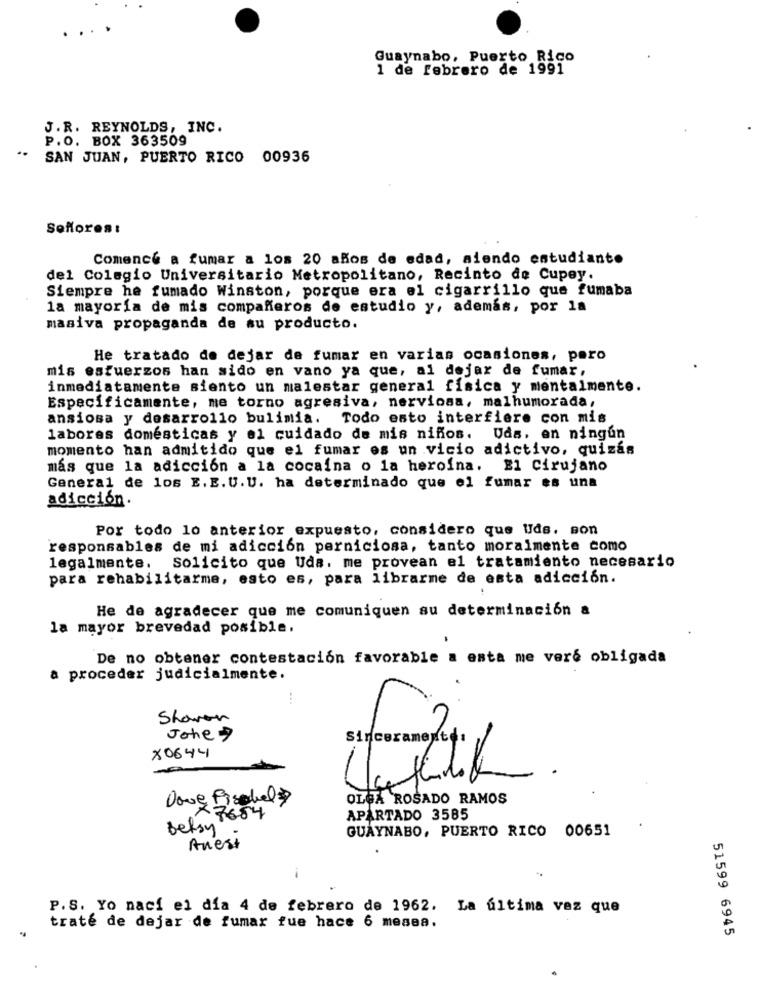
Guaynabo, Puerto Rico
1 de febrero de 1991
J.R. REYNOLDS, INC.
P.O. BOX 363509
" SAN JUAN, PUERTO RICO 00936
Soffores:
Comence a fumar a los 20 años de edad, siendo estudiante
del Colegio Universitario Metropolitano, Recinto de Cupey.
Siempre he fumado Winston, porque era el cigarrillo que fumaba
la mayoría de mis compañeros de estudio y, además, por la
masiva propaganda de su producto.
He tratado de dejar de fumar en varias ocasiones, pero
mis esfuerzos han sido en vano ya que, al dejar de fumar,
inmediatamente siento un malestar general fisica y mentalmente.
Específicamente, me torno agresiva, nerviosa, malhumorada,
ansiosa y desarrollo bulimia. Todo esto interfiere con mis
labores domesticas y el cuidado de mis niños. Uds. en ningún
momento han admitido que el fumar es un vicio adictivo, quizás
más que la adicción a la cocaína o la heroína. El Cirujano
General de los E.E.U.U. ha determinado que el fumar es una
adicción.
Por todo lo anterior expuesto, considero que Uds. son
responsables de mi adicción perniciosa, tanto moralmente como
legalmente. Solicito que Uda. me provean el tratamiento necesario
para rehabilitarme, esto es, para librarme de esta adicción.
He de agradecer que me comuniquen su determinación a
la mayor brevedad posible.
De no obtener contestación favorable a enta me veré obligada
a proceder judicialmente.
Sharon
Johes
Sinceramente,
X0644
Done Fischel
OLGA ROSADO RAMOS
Betsy 1654
APARTADO 3585
GUAYNABO, PUERTO RICO 00651
Anest
..
P.S. Yo nací el día 4 de febrero de 1962. La última vez que
traté de dejar de fumar fue hace 6 mesea.
51599 6945